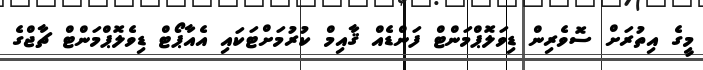
މީގެ އިތުރަށް ސޮވެރިން ޑިވަލޮޕްމަންޓް ފަންޑެއް ޤާއިމް ކުރުމަށްޓަކައި އެއާޕޯޓް ޑިވެލޮޕްމަންޓް ޗާޖްގެ